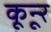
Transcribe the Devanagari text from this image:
कून्‍ूर